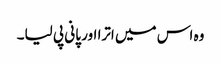
وہ اس میں اترا اور پانی پی لیا۔